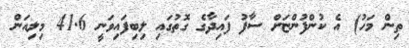
ތިން މަހު) އެ ކުންފުންޏަށް ސާފު ފައިދާގެ ގޮތުގައި ލިބިފައިވަނީ 41.6 މިލިއަން